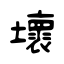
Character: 壞